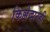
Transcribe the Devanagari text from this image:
किल्लेदारही